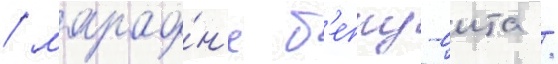
/ марафо́н'е б'еппу-оита /